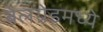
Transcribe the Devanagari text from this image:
बेलग्रेडमध्ये